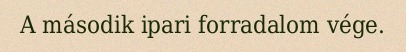
A második ipari forradalom vége.